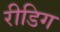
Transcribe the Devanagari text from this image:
रीडिग